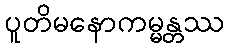
ပူတိမနောကမ္မန္တဿ